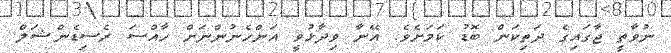
ނުވާތީ ޖާގައިގެ ދަތިކަން ބޮޑު ކަމަށެވެ. އޭނާ ވިދާޅުވީ އަންހެނުންނަށް ހާއްސަ ރެސިޑެންޝަލް